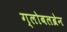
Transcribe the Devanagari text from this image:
ग्लोबलब्रेन